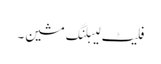
فلیٹ لیبلنگ مشین۔